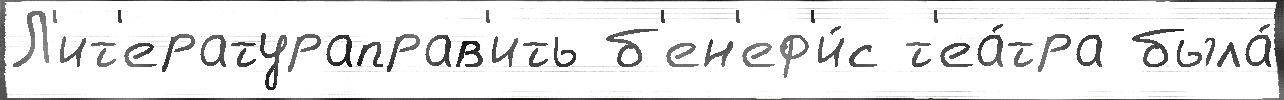
Л'ит'ератураправ'ить б'ен'еф'и́с т'еа́тра была́